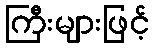
ကြီးများဖြင့်